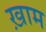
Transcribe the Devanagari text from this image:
ख़ाम